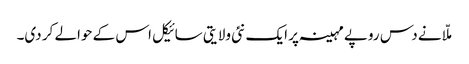
ملّا نے دس روپے مہینہ پر ایک نئی ولایتی سائیکل اس کے حوالے کر دی۔